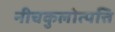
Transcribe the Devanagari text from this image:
नीचकुलोत्पत्ति